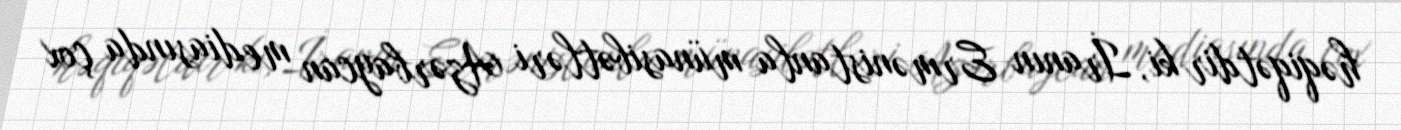
həqiqətdir ki, İranın Ermənistanla münasibətləri Azərbaycan mediasında çox